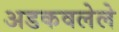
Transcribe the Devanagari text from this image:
अडकवलेले